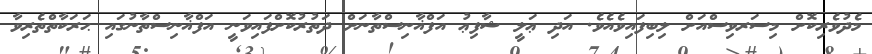
މެދުވެރިކޮށް މިސަރވިސްއަށް ލިބިފައިވެއެވެ. އަދި ޢަލީ ޝާފިޢު އަފްޣާނިސްތާނަށް ދަތުރުކޮށްފައިވަނީ އަފްޣާނިސްތާނުގައި ޙަރަކާތްތެރިވާ